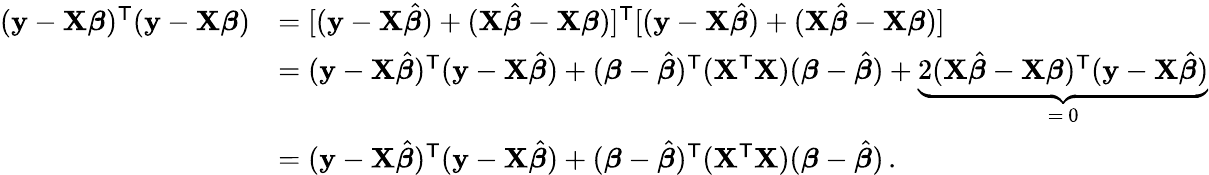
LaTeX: {\begin{array}{rl}{(\mathbf{y}-\mathbf{X}{\boldsymbol{\beta}})^{\mathsf{T}}(\mathbf{y}-\mathbf{X}{\boldsymbol{\beta}})}&{=[(\mathbf{y}-\mathbf{X}{\hat{\boldsymbol{\beta}}})+(\mathbf{X}{\hat{\boldsymbol{\beta}}}-\mathbf{X}{\boldsymbol{\beta}})]^{\mathsf{T}}[(\mathbf{y}-\mathbf{X}{\hat{\boldsymbol{\beta}}})+(\mathbf{X}{\hat{\boldsymbol{\beta}}}-\mathbf{X}{\boldsymbol{\beta}})]}\\ &{=(\mathbf{y}-\mathbf{X}{\hat{\boldsymbol{\beta}}})^{\mathsf{T}}(\mathbf{y}-\mathbf{X}{\hat{\boldsymbol{\beta}}})+({\boldsymbol{\beta}}-{\hat{\boldsymbol{\beta}}})^{\mathsf{T}}(\mathbf{X}^{\mathsf{T}}\mathbf{X})({\boldsymbol{\beta}}-{\hat{\boldsymbol{\beta}}})+\underbrace{2(\mathbf{X}{\hat{\boldsymbol{\beta}}}-\mathbf{X}{\boldsymbol{\beta}})^{\mathsf{T}}(\mathbf{y}-\mathbf{X}{\hat{\boldsymbol{\beta}}})}_{=\ 0}}\\ &{=(\mathbf{y}-\mathbf{X}{\hat{\boldsymbol{\beta}}})^{\mathsf{T}}(\mathbf{y}-\mathbf{X}{\hat{\boldsymbol{\beta}}})+({\boldsymbol{\beta}}-{\hat{\boldsymbol{\beta}}})^{\mathsf{T}}(\mathbf{X}^{\mathsf{T}}\mathbf{X})({\boldsymbol{\beta}}-{\hat{\boldsymbol{\beta}}})\, .}\end{array}}